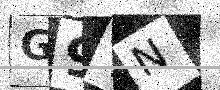
Text: G9TN